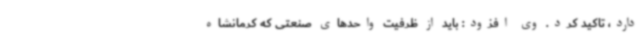
دارد، تاکید کرد. وی افزود: باید از ظرفیت واحدهای صنعتی که کرمانشاه